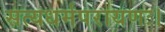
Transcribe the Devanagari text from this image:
सत्यधर्मपरायणः।